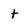
Character: t